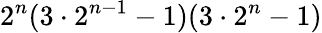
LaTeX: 2^{n}(3\cdot 2^{n-1}-1)(3\cdot 2^{n}-1)